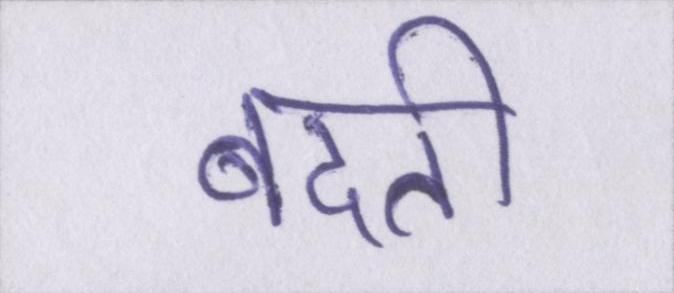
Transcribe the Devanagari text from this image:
बदती